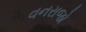
વનરાજો